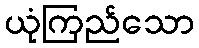
ယုံကြည်သော